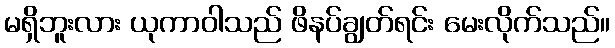
မရှိဘူးလား ယုကာဝါသည် ဖိနပ်ချွတ်ရင်း မေးလိုက်သည်။